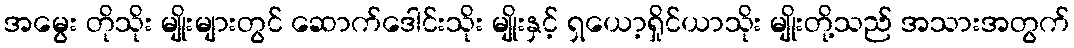
အမွေး တိုသိုး မျိုးများတွင် ဆောက်ဒေါင်းသိုး မျိုးနှင့် ရှယော့ရှိုင်ယာသိုး မျိုးတို့သည် အသားအတွက်